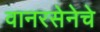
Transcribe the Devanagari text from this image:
वानरसेनेचे